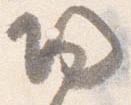
帰